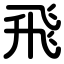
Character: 飛